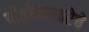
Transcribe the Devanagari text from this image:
पीठीसाखरेचे